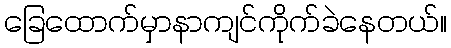
ခြေထောက်မှာနာကျင်ကိုက်ခဲနေတယ်။